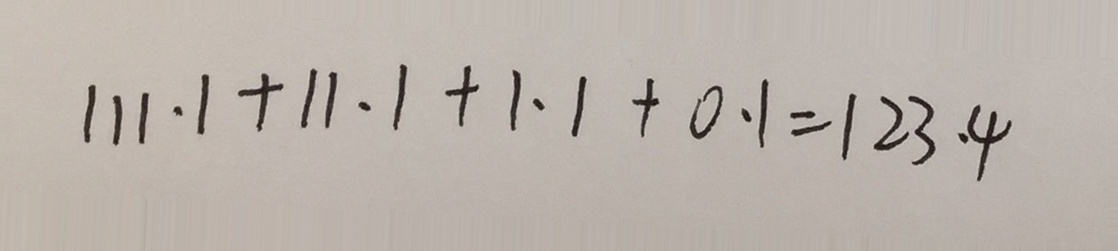
1 1 1 . 1 + 1 1 . 1 + 1 . 1 + 0 . 1 = 1 2 3 . 4